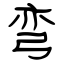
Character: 弯